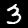
Digit: 3